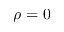
\rho = 0